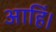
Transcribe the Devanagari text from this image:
आहिं।